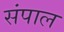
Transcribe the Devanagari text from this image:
संपाल